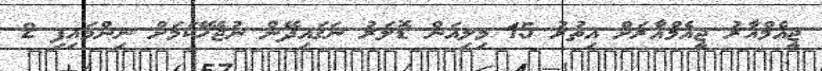
ޖީއެމްއާރު ޖީއެމްއާރަށް އިތުރު 15 މިލިއަން ޑޮލަރު ނަގައިދޭން ނުޖެހޭކަމަށް ނިންމައިފި 2